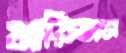
মারিতাম